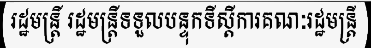
រដ្ឋមន្ត្រី រដ្ឋមន្ត្រីទទួលបន្ទុកទីស្តីការគណៈរដ្ឋមន្ត្រី